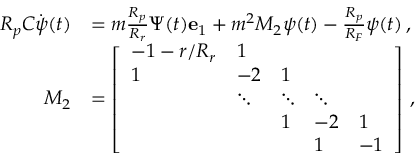
\begin{array} { r l } { R _ { p } C \dot { \boldsymbol { \psi } } ( t ) } & { = m \frac { R _ { p } } { R _ { r } } \Psi ( t ) \mathbf { e } _ { 1 } + m ^ { 2 } M _ { 2 } \boldsymbol { \psi } ( t ) - \frac { R _ { p } } { R _ { F } } \boldsymbol { \psi } ( t ) \, , } \\ { M _ { 2 } } & { = \left[ \begin{array} { l l l l l } { - 1 - r / R _ { r } } & { 1 } & & & \\ { 1 } & { - 2 } & { 1 } & & \\ & { \ddots } & { \ddots } & { \ddots } & \\ & & { 1 } & { - 2 } & { 1 } \\ & & & { 1 } & { - 1 } \end{array} \right] \, , } \end{array}